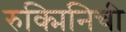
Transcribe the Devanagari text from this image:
रुक्मिनिची